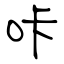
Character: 咔